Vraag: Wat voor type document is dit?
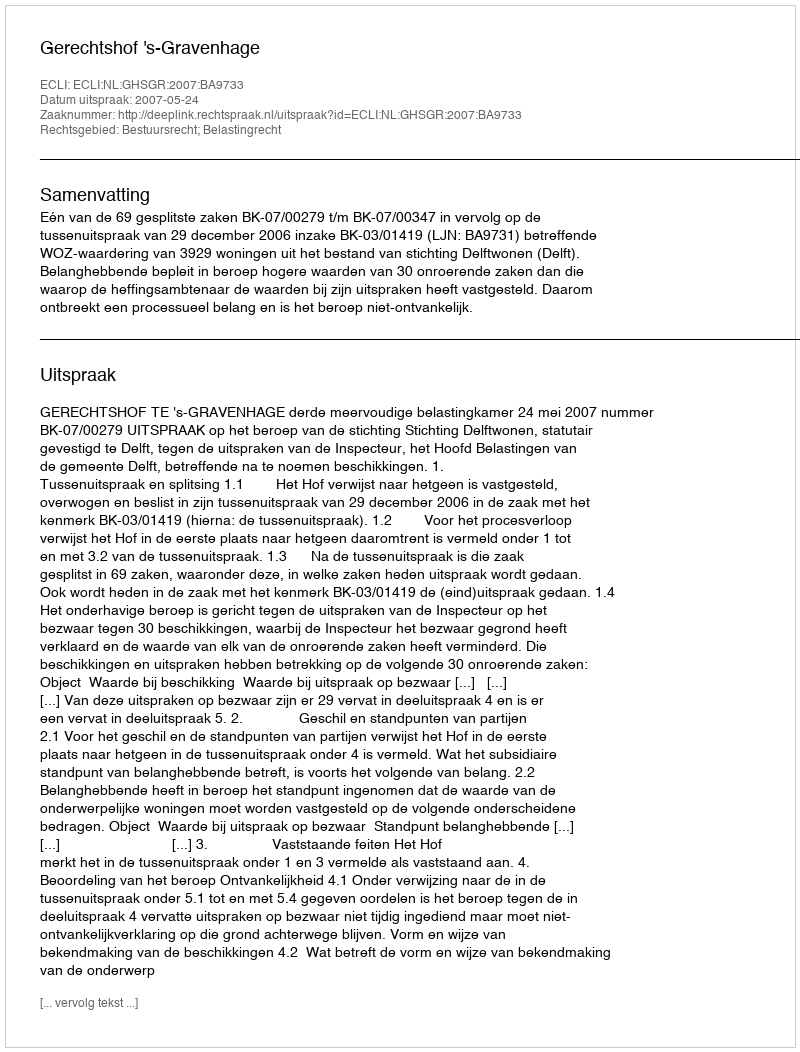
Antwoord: Uitspraak